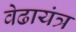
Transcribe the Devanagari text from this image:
वेढायंत्र